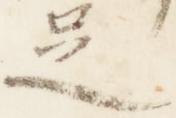
足